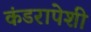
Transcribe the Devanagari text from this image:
कंडरापेशी